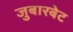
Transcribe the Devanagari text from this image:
जुबारबेट